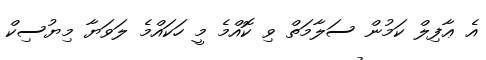
އެ ޢާފިލް ކަމުން ސަލާމަތް ވި ކޮއްމެ މީ ހަކައްމެ ލަވަޔާ މިޔުސިކް